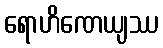
ရောဟိဏေယျဿ